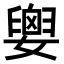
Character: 𡢗